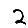
Digit: 2